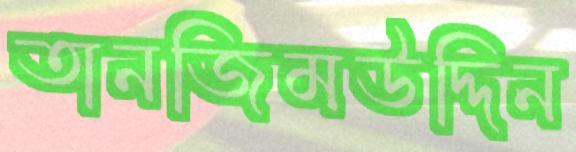
তানজিমউদ্দিন